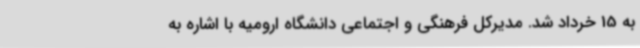
به 15 خرداد شد. مدیرکل فرهنگی و اجتماعی دانشگاه ارومیه با اشاره به